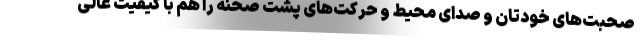
صحبت‌های خودتان و صدای محیط و حرکت‌های پشت صحنه را هم با کیفیت عالی